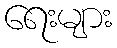
ရေးများ